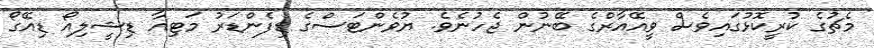
މެޗުގެ ކުރީކޮޅުގައިވެސް ވީއޭއާރްގެ ބޭނުން ޖެހުނެވެ. ޔުވެންޓަސްގެ ޑިފެންޑަރު މަޓިއާ ޑިޝީލިއޯ ޑިއޭގޯ